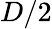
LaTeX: D/2